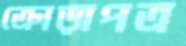
ক্রোড়াপত্র